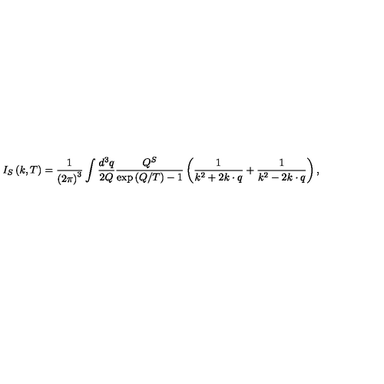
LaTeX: I _ { S } \left( k , T \right) = \frac 1 { \left( 2 \pi \right) ^ { 3 } } \int \frac { d ^ { 3 } q } { 2 Q } \frac { Q ^ { S } } { \exp \left( Q / T \right) - 1 } \left( \frac 1 { k ^ { 2 } + 2 k \cdot q } + \frac 1 { k ^ { 2 } - 2 k \cdot q } \right) ,